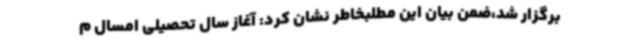
برگزار شد،ضمن بیان این مطلبخاطر نشان کرد: آغاز سال تحصیلی امسال م